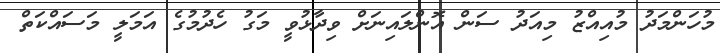
މުހަންމަދު މުއިއްޒު މިއަދު ސަން އޮންލައިނަށް ވިދާޅުވީ މަގު ހެދުމުގެ އަމަލީ މަސައްކަތް